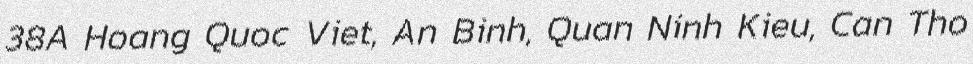
38A Hoang Quoc Viet, An Binh, Quan Ninh Kieu, Can Tho